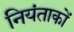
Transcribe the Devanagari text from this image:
नियंताकों